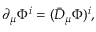
\partial _ { \mu } { \mit \Phi } ^ { i } = ( \bar { D } _ { \mu } { \mit \Phi } ) ^ { i } ,